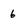
Character: 6